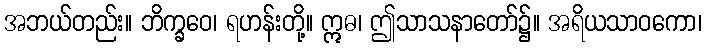
အဘယ်တည်း။ ဘိက္ခဝေ၊ ရဟန်းတို့။ ဣဓ၊ ဤသာသနာတော်၌။ အရိယသာဝကော၊